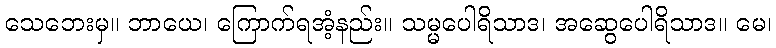
သေဘေးမှ။ ဘာယေ၊ ကြောက်ရအံ့နည်း။ သမ္မပေါရိသာဒ၊ အဆွေပေါရိသာဒ။ မေ၊